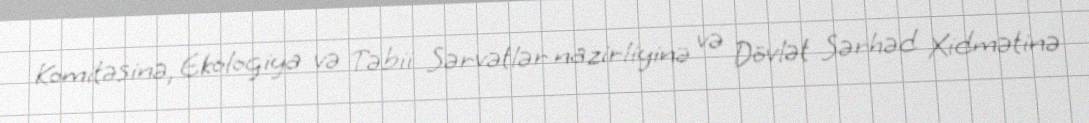
Komitəsinə, Ekologiya və Təbii Sərvətlər nazirliyinə və Dövlət Sərhəd Xidmətinə